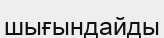
шығындайды